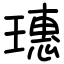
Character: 璤